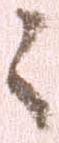
々